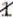
1